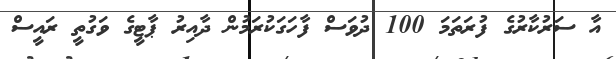
އާ ސަރުކާރުގެ ފުރަތަމަ 100 ދުވަސް ފާހަގަކުރަމުން ދާއިރު ޕާޓީގެ ވަގުތީ ރައީސް